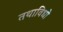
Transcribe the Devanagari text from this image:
तथाविधो